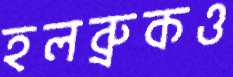
হলব্রুকও